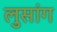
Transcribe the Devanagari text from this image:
लुसांग